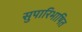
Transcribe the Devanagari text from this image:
सुपारिभाषित